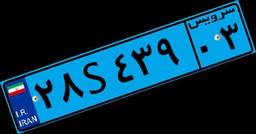
۲۸S۴۳۹۰۳